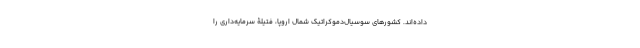
داده‌اند. کشورهای سوسیال‌دموکراتیک شمال اروپا، فتیلۀ سرمایه‌داری را